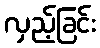
လှည့်ခြင်း